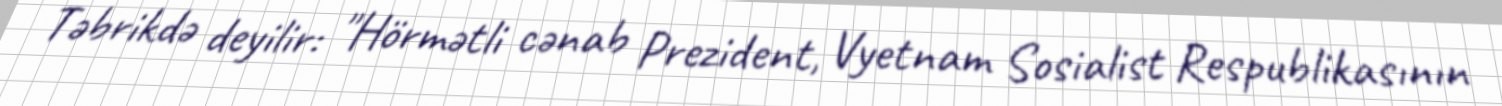
Təbrikdə deyilir: "Hörmətli cənab Prezident, Vyetnam Sosialist Respublikasının